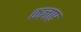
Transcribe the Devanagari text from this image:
कलाए